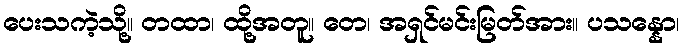
ပေးသကဲ့သို့။ တထာ၊ ထို့အတူ။ တေ၊ အရှင်မင်းမြတ်အား။ ပသန္နော၊